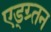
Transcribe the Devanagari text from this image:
एड्ग्र्तन